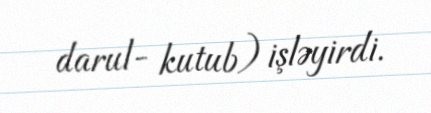
darul- kutub) işləyirdi.